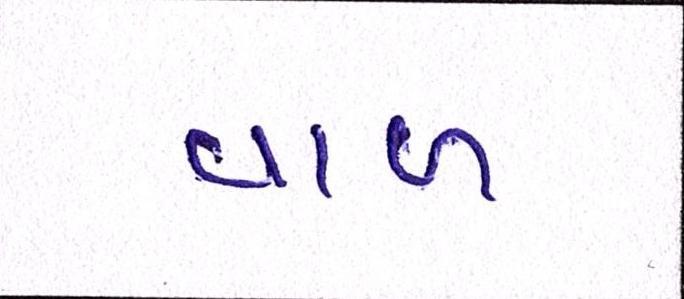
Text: વાળ